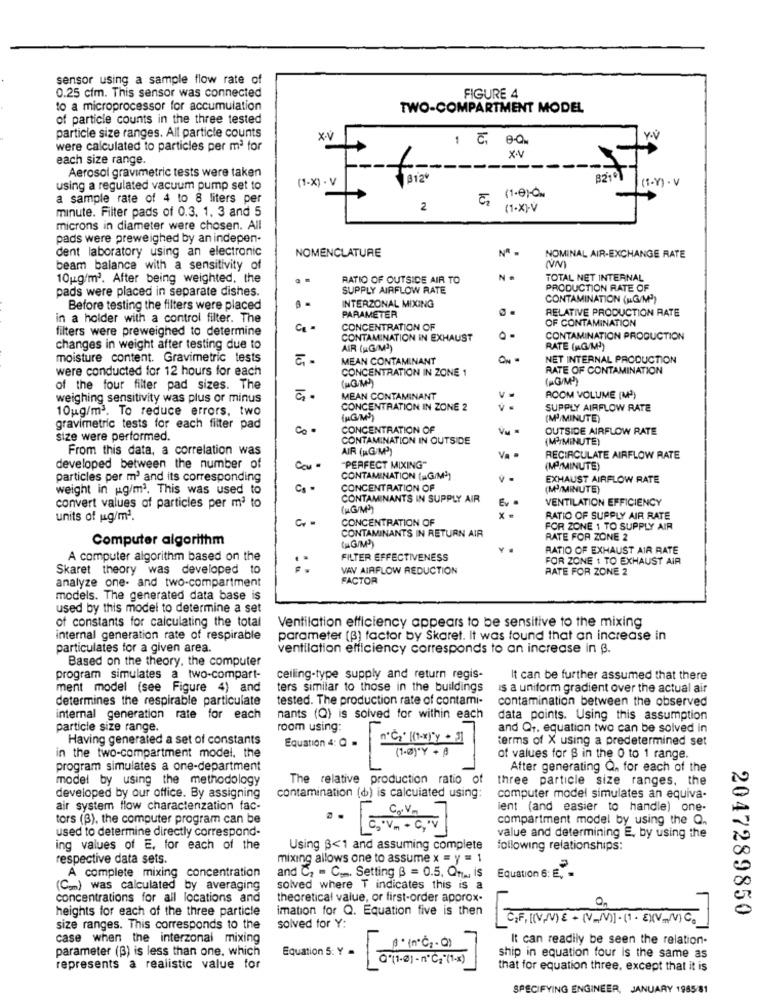
sensor using a sample flow rate of
0.25 cfm. This sensor was connected
FIGURE 4
to a microprocessor for accumulation
TWO-COMPARTMENT MODEL
of particle counts in the three tested
particle size ranges. All particle counts
1 6, 0-Q.
Y-V
were calculated to particles per mª for
each size range.
XV
Aerosol gravimetric tests were taken
(1-X) - V
812"
(1-Y) - V
using a regulated vacuum pump set to
a sample rate of 4 to 8 liters per
(1.0)O.
minute. Filter pads of 0.3. 1. 3 and 5
2
(1-X)-V
microns in diameter were chosen. All
pads were preweighed by an indepen-
dent laboratory using an electronic
NOMENCLATURE
NOMINAL AIR-EXCHANGE RATE
beam balance with a sensitivity of
10ug/m2. After being weighted, the
RATIO OF OUTSIDE AIR TO
N
TOTAL NET INTERNAL
pads were placed in separate dishes.
SUPPLY AIRFLOW RATE
PRODUCTION RATE OF
CONTAMINATION (MG/M2)
Before testing the filters were placed
INTERZONAL MIXING
RELATIVE PRODUCTION RATE
in a holder with a control filter. The
PARAMETER
OF CONTAMINATION
filters were preweighed to determine
CONCENTRATION OF
CONTAMINATION IN EXHAUST
CONTAMINATION PRODUCTION
changes in weight after testing due to
AIR (MG/M2)
RATE (MG/M))
moisture content. Gravimetric tests
MEAN CONTAMINANT
...
NET INTERNAL PRODUCTION
were conducted for 12 hours for each
CONCENTRATION IN ZONE 1
RATE OF CONTAMINATION
(HGM)
(GM)
of the four filter pad sizes. The
weighing sensitivity was plus or minus
MEAN CONTAMINANT
ROOM VOLUME (M2)
10ug/m3. To reduce errors, two
CONCENTRATION IN ZONE 2
SUPPLY AIRFLOW RATE
(M)/MINUTE)
gravimetric tests for each filter pad
CONCENTRATION OF
OUTSIDE AIRFLOW RATE
size were performed.
CONTAMINATION IN OUTSIDE
(MPIMINUTE)
From this data, a correlation was
AIR (HGM')
RECIRCULATE AIRFLOW RATE
developed between the number of
"PERFECT MIXING"
(MPIMINUTE)
particles per m' and its corresponding
CONTAMINATION (G/M']
EXHAUST AIRFLOW RATE
weight in ug/m3. This was used to
Cs .
CONCENTRATION OF
(Mª/MINUTE)
CONTAMINANTS IN SUPPLY AIR
Ey
VENTILATION EFFICIENCY
convert values of particles per mª to
units of ug/m2.
CONCENTRATION OF
RATIO OF SUPPLY AIR RATE
CONTAMINANTS IN RETURN AIR
FOR ZONE 1 TO SUPPLY AIR
Computer algorithm
RATE FOR ZONE 2
RATIO OF EXHAUST AIR RATE
A computer algorithm based on the
FILTER EFFECTIVENESS
FOR ZONE 1 TO EXHAUST AIR
Skaret theory was developed to
:
VAV AIRFLOW REDUCTION
RATE FOR ZONE 2
analyze one- and two-compartment
FACTOR
models. The generated data base is
used by this model to determine a set
of constants for calculating the total
Ventilation efficiency appears to be sensitive to the mixing
internal generation rate of respirable
parameter (B) factor by Skaret. It was found that an increase in
particulates for a given area.
ventilation efficiency corresponds to an increase in B.
Based on the theory, the computer
program simulates a two-compart-
ceiling-type supply and return regis-
It can be further assumed that there
ment model (see Figure 4) and
ters similar to those in the buildings
is a uniform gradient over the actual air
determines the respirable particulate
tested. The production rate of contami-
contamination between the observed
internal generation rate for each
nants (Q) is solved for within each
data points. Using this assumption
particle size range.
room using:
and Qr. equation two can be solved in
Having generated a set of constants
Equation 4: 0 .
terms of X using a predetermined set
in the two-compartment model. the
(1-0)"Y + 8
of values for $ in the 0 to 1 range.
program simulates a one-department
After generating Q. for each of the
model by using the methodology
The relative production ratio of
three particle size ranges, the
developed by our office. By assigning
contamination (d) is calculated using:
computer model simulates an equiva-
air system flow characterization fac-
lent (and easier to handle) one-
tors (B), the computer program can be
Co.Vm
compartment model by using the Q ..
used to determine directly correspond-
C .V . C , V
value and determining E, by using the
ing values of E, for each of the
Using B<1 and assuming complete
following relationships:
respective data sets.
mixing allows one to assume x = y = 1
A complete mixing concentration
and Cz = C .... Setting B = 0.5, QTA, iS
Equation 6: E. -
(Com) was calculated by averaging
solved where T indicates this is a
concentrations for all locations and
theoretical value, or first-order approx-
heights for each of the three particle
imation for Q. Equation five is then
2047289850
CF. [N,V) E + (V_M].(1 . E)V,V) C.
size ranges. This corresponds to the
solved for Y:
case when the interzonal mixing
It can readily be seen the relation-
parameter (3) is less than one, which
Equation 5: Y =
Q'(1-0) - n'℃="(1-x)
ship in equation four is the same as
represents a realistic value for
that for equation three, except that it is
SPECIFYING ENGINEER, JANUARY 1985/81